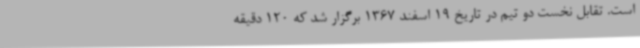
است. تقابل نخست دو تیم در تاریخ 19 اسفند 1367 برگزار شد که 120 دقیقه